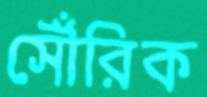
সৌঁরিক